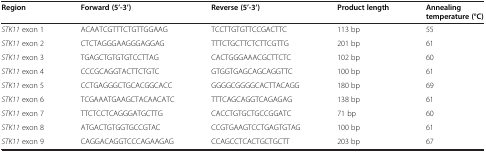
<table><thead><tr><td><b>Region</b></td><td><b>Forward (5’-3’)</b></td><td><b>Reverse (5’-3’)</b></td><td><b>Product length</b></td><td><b>Annealing temperature (°C)</b></td></tr></thead><tbody><tr><td><i>STK11</i> exon 1</td><td>ACAATCGTTTCTGTTGGAAG</td><td>TCCTTGTGTTCCGACTTC</td><td>113 bp</td><td>55</td></tr><tr><td><i>STK11</i> exon 2</td><td>CTCTAGGGAAGGGAGGAG</td><td>TTTCTGCTTCTCTTCGTTG</td><td>201 bp</td><td>61</td></tr><tr><td><i>STK11</i> exon 3</td><td>TGAGCTGTGTGTCCTTAG</td><td>CACTGGGAAACGCTTCTC</td><td>102 bp</td><td>60</td></tr><tr><td><i>STK11</i> exon 4</td><td>CCCGCAGGTACTTCTGTC</td><td>GTGGTGAGCAGCAGGTTC</td><td>100 bp</td><td>61</td></tr><tr><td><i>STK11</i> exon 5</td><td>CCTGAGGGCTGCACGGCACC</td><td>GGGGCGGGGCACTTACAGG</td><td>180 bp</td><td>69</td></tr><tr><td><i>STK11</i> exon 6</td><td>TCGAAATGAAGCTACAACATC</td><td>TTTCAGCAGGTCAGAGAG</td><td>138 bp</td><td>61</td></tr><tr><td><i>STK11</i> exon 7</td><td>TTCTCCTCAGGGATGCTTG</td><td>CACCTGTGCTGCCGGATC</td><td>71 bp</td><td>60</td></tr><tr><td><i>STK11</i> exon 8</td><td>ATGACTGTGGTGCCGTAC</td><td>CCGTGAAGTCCTGAGTGTAG</td><td>100 bp</td><td>61</td></tr><tr><td><i>STK11</i> exon 9</td><td>CAGGACAGGTCCCAGAAGAG</td><td>CCAGCCTCACTGCTGCTT</td><td>203 bp</td><td>67</td></tr></tbody></table>